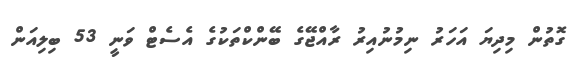
ގޮތުން މިދިޔަ އަހަރު ނިމުނުއިރު ރާއްޖޭގެ ބޭންކްތަކުގެ އެސެޓް ވަނީ 53 ބިލިއަން